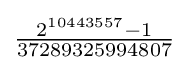
{\tfrac {2^{10443557}-1}{37289325994807}}